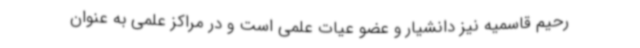
رحیم قاسمیه نیز دانشیار و عضو عیات علمی است و در مراکز علمی به عنوان